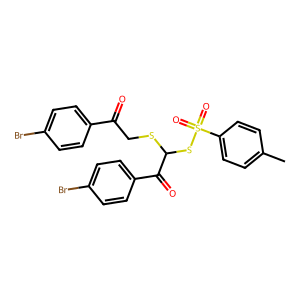
SMILES: Cc1ccc(S(=O)(=O)SC(SCC(=O)c2ccc(Br)cc2)C(=O)c2ccc(Br)cc2)cc1
Inhibits HIV replication: No